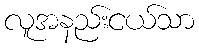
လူအနည်းငယ်သာ